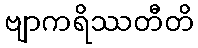
ဗျာကရိဿတီတိ